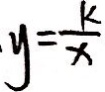
y = \frac { k } { x }